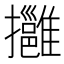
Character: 𢹬